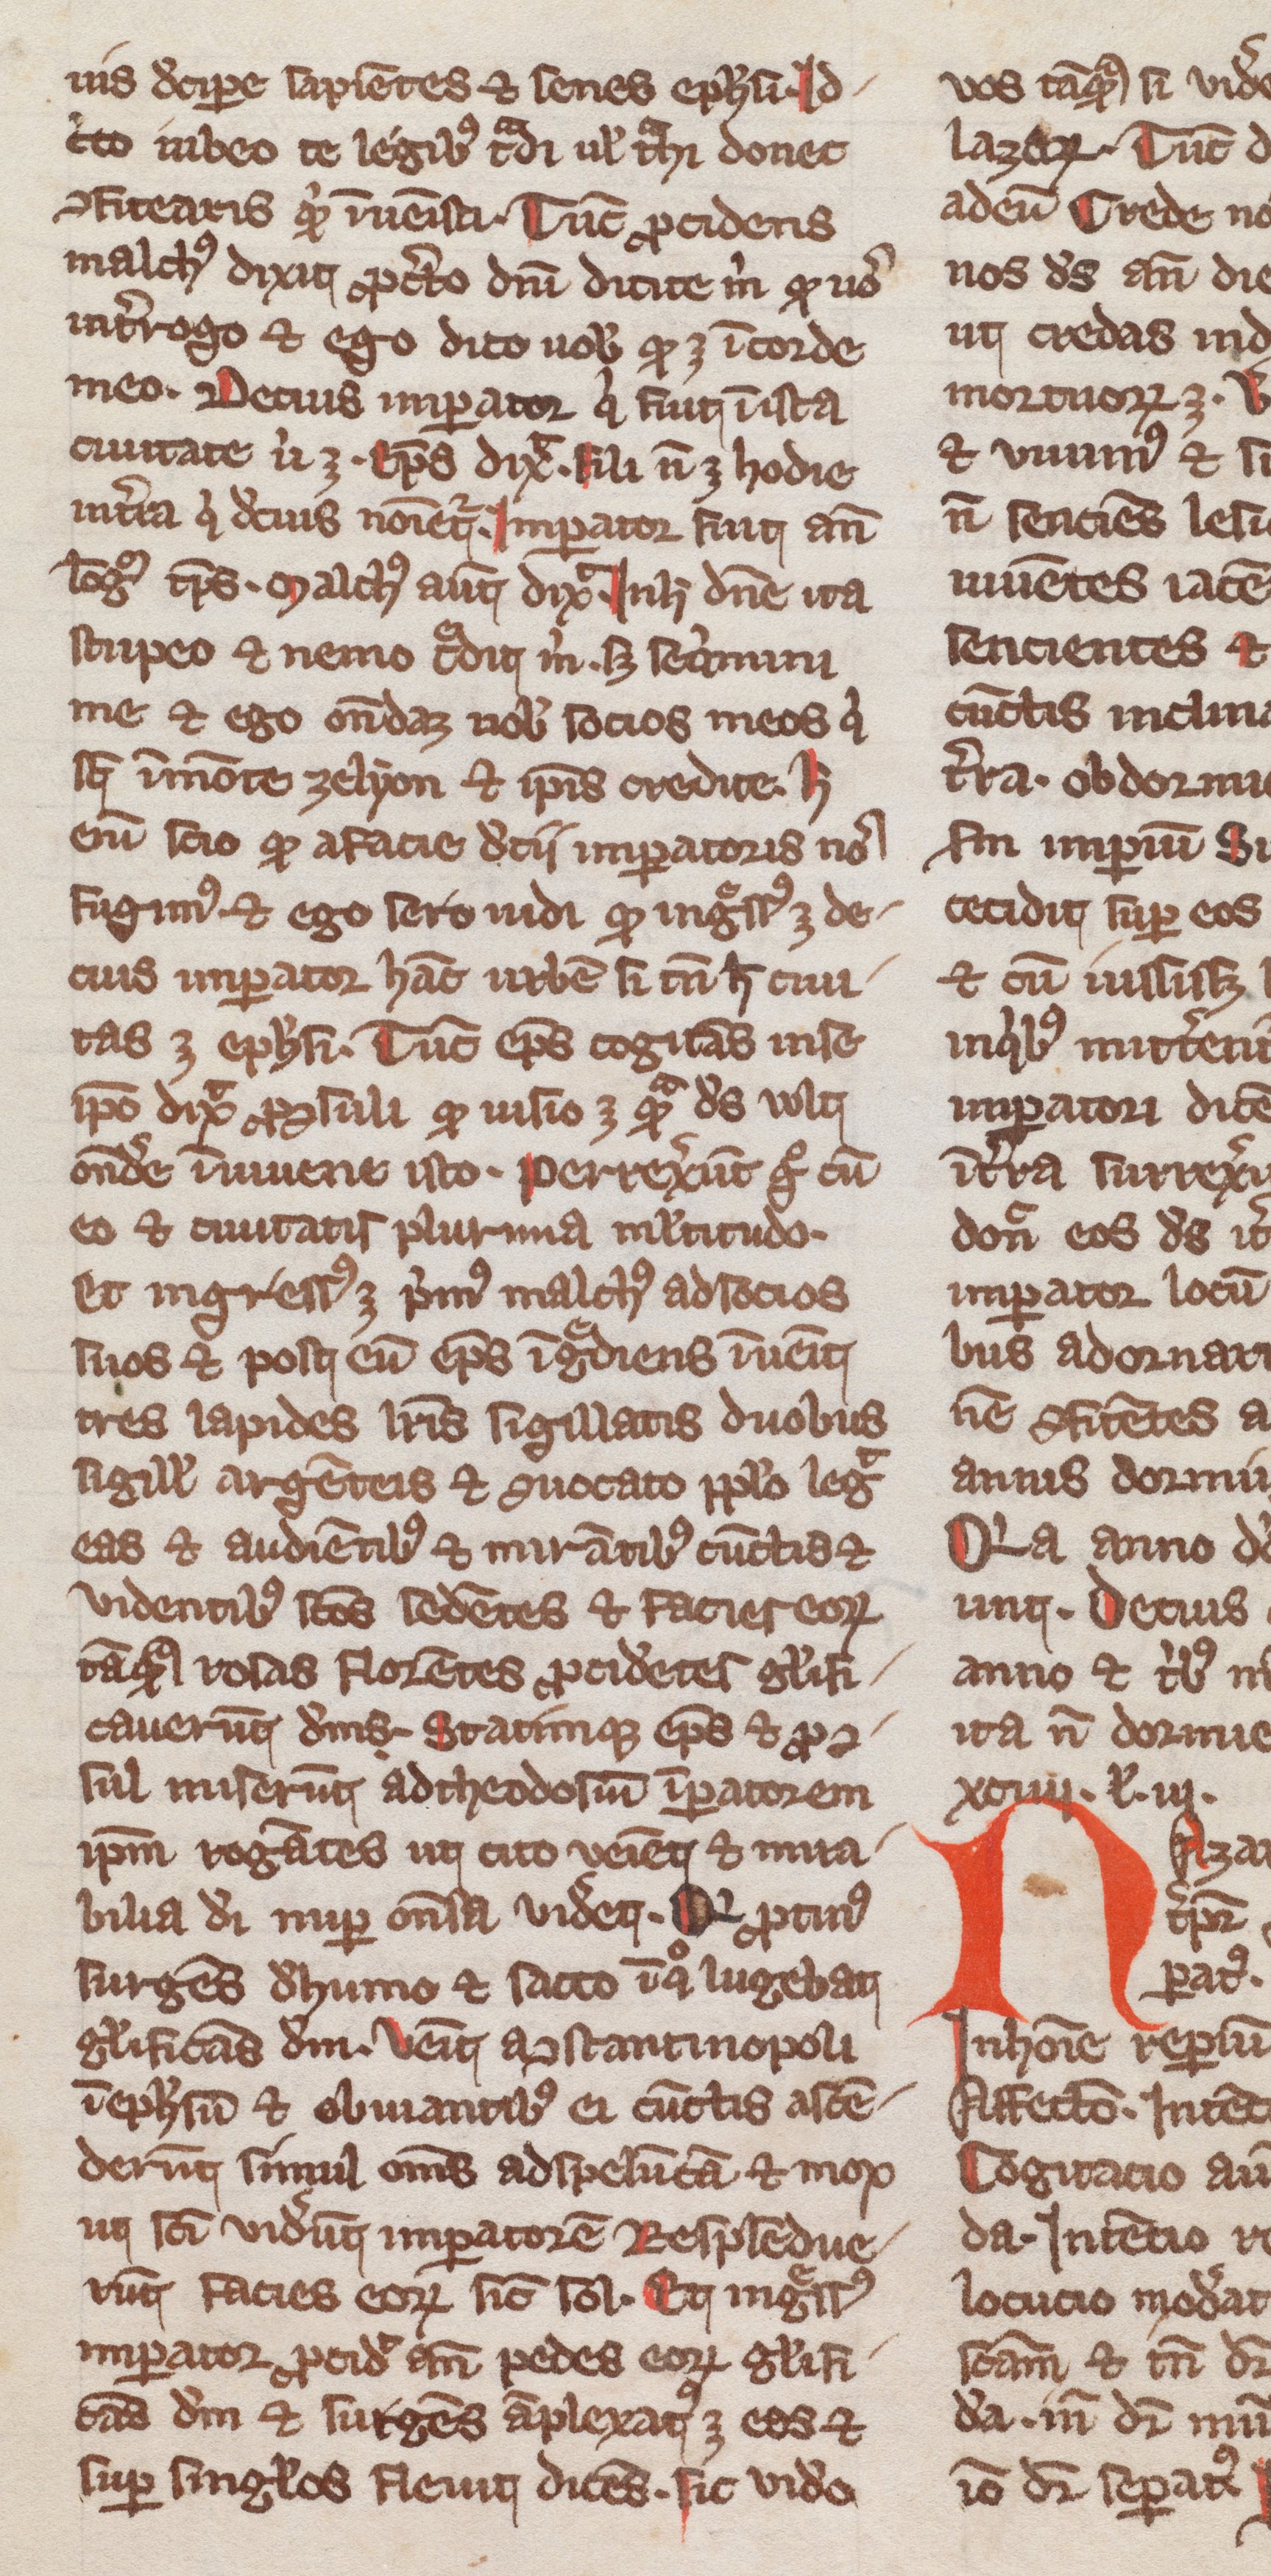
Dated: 1300–1399